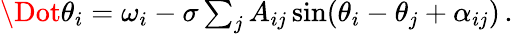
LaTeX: \begin{array}{r}{\Dot{\theta}_{i}=\omega_{i}-\sigma\sum_{j}A_{ij}\sin(\theta_{i}-\theta_{j}+\alpha_{ij})\, .}\end{array}